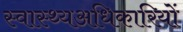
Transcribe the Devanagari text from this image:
स्वास्थ्यअधिकारियों